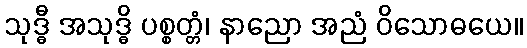
သုဒ္ဓီ အသုဒ္ဓိ ပစ္စတ္တံ၊ နာညော အညံ ဝိသောဓယေ။